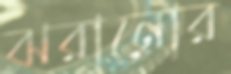
ঝরানোর